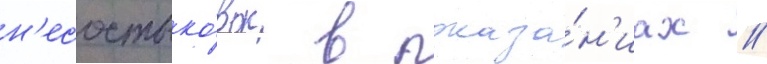
н'есостыко́вок в показа́н'иах /